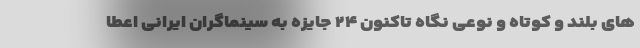
های بلند و کوتاه و نوعی نگاه تاکنون ۲۴ جایزه به سینماگران ایرانی اعطا